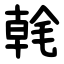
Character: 㲦